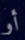
أو